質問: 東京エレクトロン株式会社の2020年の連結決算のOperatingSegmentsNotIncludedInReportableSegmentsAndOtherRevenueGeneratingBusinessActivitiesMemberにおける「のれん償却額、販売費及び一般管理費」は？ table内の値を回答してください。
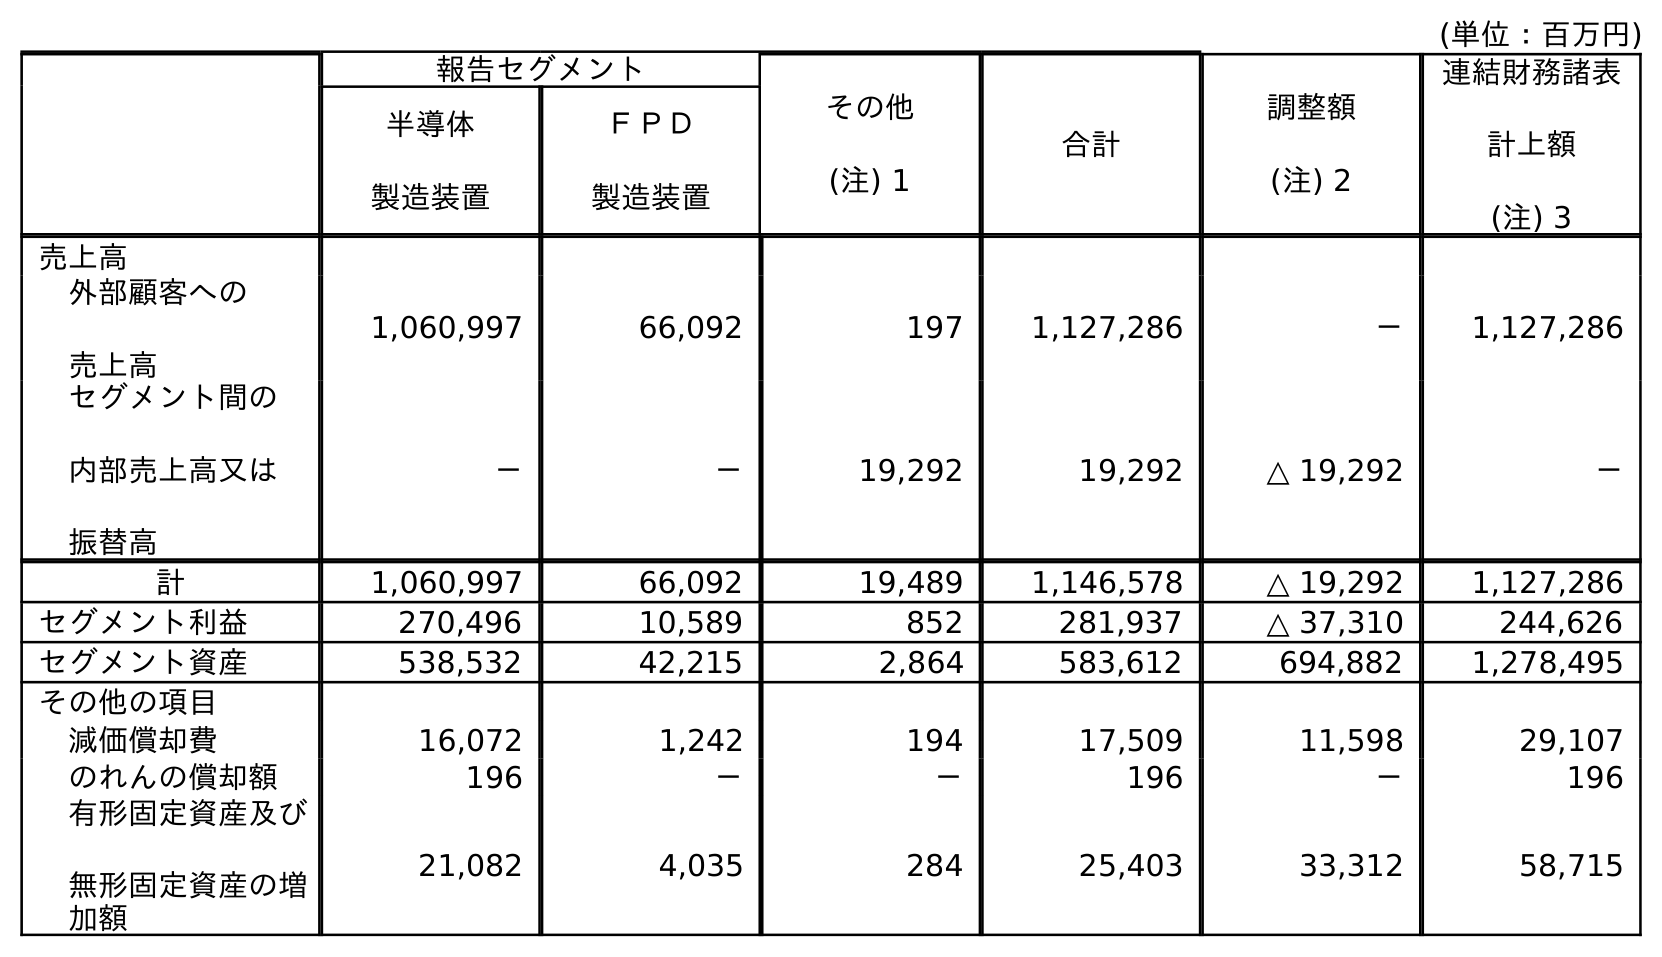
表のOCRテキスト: (単位：百万円) 報告セグメント その他 (注) 1 合計 調整額 (注) 2 連結財務諸表 計上額 (注) 3 半導体 製造装置 ＦＰＤ 製造装置 売上高 外部顧客への 売上高 1,060,997 66,092 197 1,127,286 － 1,127,286 セグメント間の 内部売上高又は 振替高 － － 19,292 19,292 △ 19,292 － 計 1,060,997 66,092 19,489 1,146,578 △ 19,292 1,127,286 セグメント利益 270,496 10,589 852 281,937 △ 37,310 244,626 セグメント資産 538,532 42,215 2,864 583,612 694,882 1,278,495 その他の項目 減価償却費 16,072 1,242 194 17,509 11,598 29,107 のれんの償却額 196 － － 196 － 196 有形固定資産及び 無形固定資産の増 加額 21,082 4,035 284 25,403 33,312 58,715
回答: －